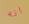
انه